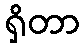
ရှိတာ